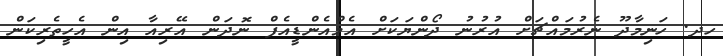
ހދ. ހަނިމާދޫ ނެރުމައްޗަށް އުރުނު ދޯންޔަކަށް އެމްއެންޑީއެފް ނޮދަން އޭރިއާ އިން އެހީތެރިކަން